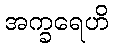
အက္ခရေဟိ